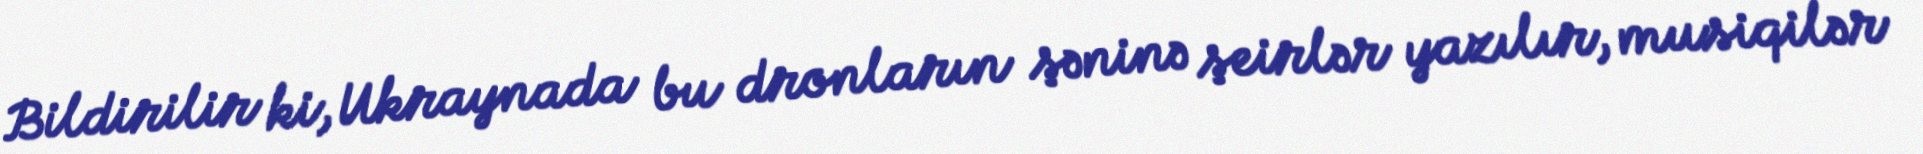
Bildirilir ki, Ukraynada bu dronların şəninə şeirlər yazılır, musiqilər